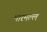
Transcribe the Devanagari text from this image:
भारमल्ल